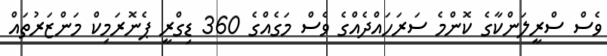
ވެސް ސްރީލަންކާގެ ކޮންމެ ސަރަހައްދެއްގެ ވެސް މަގެއްގެ 360 ޑިގްރީ ޕެނޮރަމިކް މަންޒަރުތައް